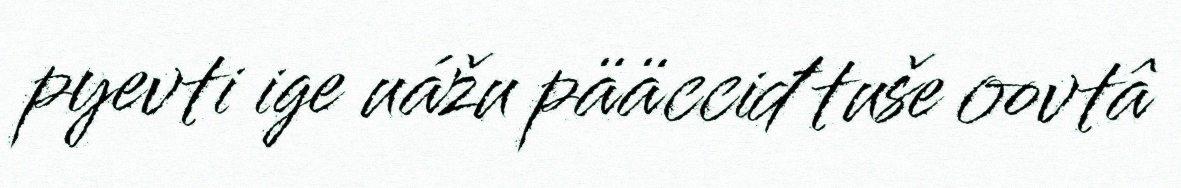
pyevti ige uážu pääcciđ tuše oovtâ